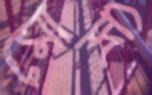
মোদি